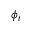
\phi _ { t }